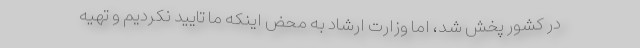
در کشور پخش شد، اما وزارت ارشاد به محض اینکه ما تایید نکردیم و تهیه